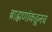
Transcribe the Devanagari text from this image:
ब्राह्मणांकडूनच